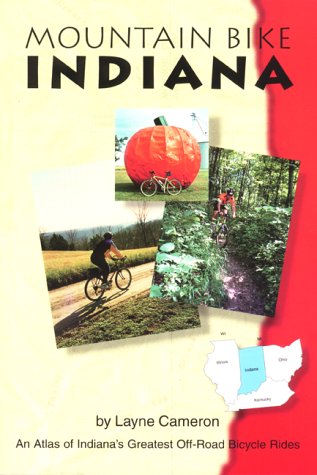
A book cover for Mountain Bike Indiana: An Atlas of Indiana's Greatest Off-Road Bicycle Rides (Mountain Bike American); Layne Cameron; Travel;